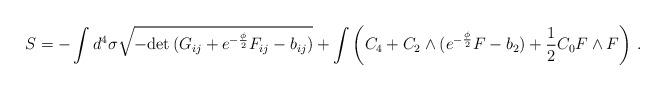
LaTeX: \begin{align*}S = - \int d^4 \sigma \sqrt{-{\rm det}\, (G_{ij}+e^{-\frac{\phi}{2}} F_{ij}-b_{ij})}+ \int \left(C_4+C_2\wedge (e^{-\frac{\phi}{2}} F-b_2) +\frac{1}{2} C_0 F\wedge F \right) \, . \end{align*}